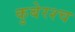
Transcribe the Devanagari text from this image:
कुबेरश्च